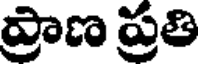
ప్రాణ ప్రతి